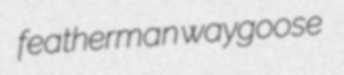
featherman waygoose